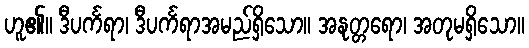
ဟူ၏။ ဒီပင်္ကရာ၊ ဒီပင်္ကရာအမည်ရှိသော။ အနုတ္တရော၊ အတုမရှိသော။